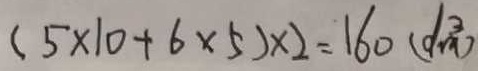
( 5 \times 1 0 + 6 \times 5 ) \times 2 = 1 6 0 ( d m ^ { 3 } )